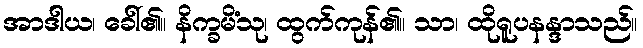
အာဒါယ၊ ခေါ်၏။ နိက္ခမိံသု၊ ထွက်ကုန်၏။ သာ၊ ထိုရူပနန္ဒာသည်။